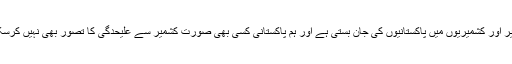
کشمیر اور کشمیریوں میں پاکستانیوں کی جان بستی ہے اور ہم پاکستانی کسی بھی صورت کشمیر سے علیحدگی کا تصور بھی نہیں کرسکتے۔